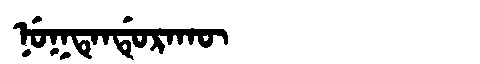
Manchu: ᠨᡠᡴᡨᡝᠨᡩᡠᡵᠠᡴᡡ
Romanization: NUKTENDURAKŪ